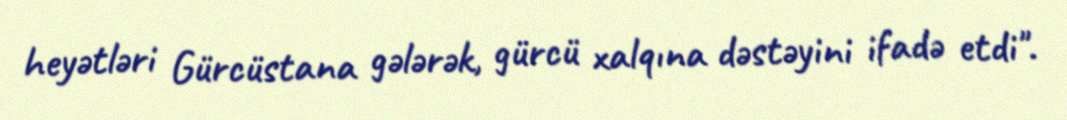
heyətləri Gürcüstana gələrək, gürcü xalqına dəstəyini ifadə etdi".